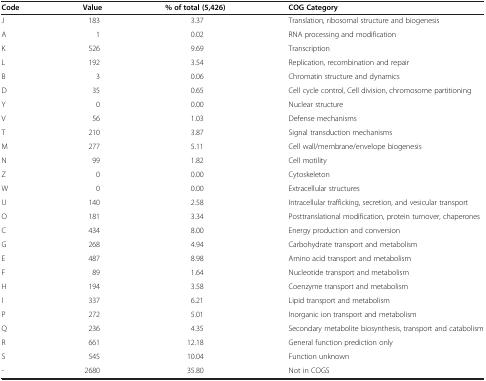
<table><thead><tr><td><b>Code</b></td><td><b>Value</b></td><td><b>% of total (5,426)</b></td><td><b>COG Category</b></td></tr></thead><tbody><tr><td>J</td><td>183</td><td>3.37</td><td>Translation, ribosomal structure and biogenesis</td></tr><tr><td>A</td><td>1</td><td>0.02</td><td>RNA processing and modification</td></tr><tr><td>K</td><td>526</td><td>9.69</td><td>Transcription</td></tr><tr><td>L</td><td>192</td><td>3.54</td><td>Replication, recombination and repair</td></tr><tr><td>B</td><td>3</td><td>0.06</td><td>Chromatin structure and dynamics</td></tr><tr><td>D</td><td>35</td><td>0.65</td><td>Cell cycle control, Cell division, chromosome partitioning</td></tr><tr><td>Y</td><td>0</td><td>0.00</td><td>Nuclear structure</td></tr><tr><td>V</td><td>56</td><td>1.03</td><td>Defense mechanisms</td></tr><tr><td>T</td><td>210</td><td>3.87</td><td>Signal transduction mechanisms</td></tr><tr><td>M</td><td>277</td><td>5.11</td><td>Cell wall/membrane/envelope biogenesis</td></tr><tr><td>N</td><td>99</td><td>1.82</td><td>Cell motility</td></tr><tr><td>Z</td><td>0</td><td>0.00</td><td>Cytoskeleton</td></tr><tr><td>W</td><td>0</td><td>0.00</td><td>Extracellular structures</td></tr><tr><td>U</td><td>140</td><td>2.58</td><td>Intracellular trafficking, secretion, and vesicular transport</td></tr><tr><td>O</td><td>181</td><td>3.34</td><td>Posttranslational modification, protein turnover, chaperones</td></tr><tr><td>C</td><td>434</td><td>8.00</td><td>Energy production and conversion</td></tr><tr><td>G</td><td>268</td><td>4.94</td><td>Carbohydrate transport and metabolism</td></tr><tr><td>E</td><td>487</td><td>8.98</td><td>Amino acid transport and metabolism</td></tr><tr><td>F</td><td>89</td><td>1.64</td><td>Nucleotide transport and metabolism</td></tr><tr><td>H</td><td>194</td><td>3.58</td><td>Coenzyme transport and metabolism</td></tr><tr><td>I</td><td>337</td><td>6.21</td><td>Lipid transport and metabolism</td></tr><tr><td>P</td><td>272</td><td>5.01</td><td>Inorganic ion transport and metabolism</td></tr><tr><td>Q</td><td>236</td><td>4.35</td><td>Secondary metabolite biosynthesis, transport and catabolism</td></tr><tr><td>R</td><td>661</td><td>12.18</td><td>General function prediction only</td></tr><tr><td>S</td><td>545</td><td>10.04</td><td>Function unknown</td></tr><tr><td>-</td><td>2680</td><td>35.80</td><td>Not in COGS</td></tr></tbody></table>